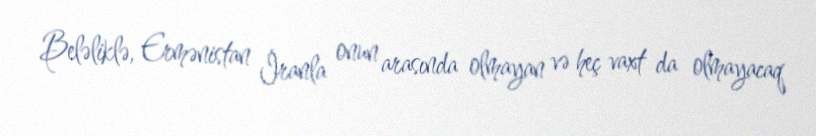
Beləliklə, Ermənistan İranla onun arasında olmayan və heç vaxt da olmayacaq